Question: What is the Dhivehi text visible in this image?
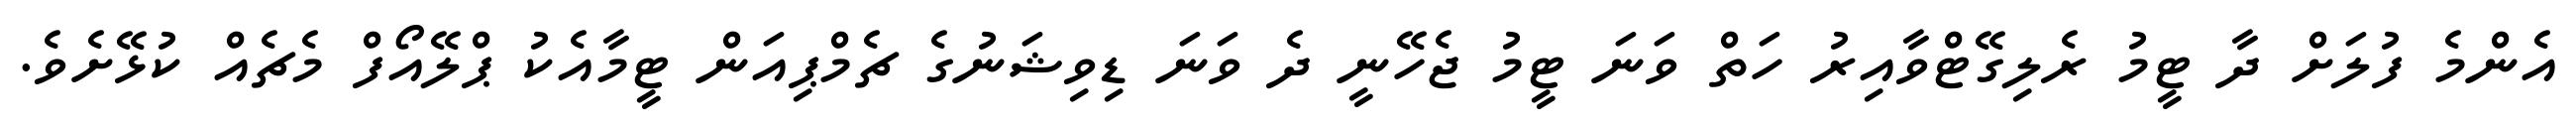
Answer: އެންމެ ފުލަށް ދާ ޓީމު ރެލިގޭޓްވާއިރު ހަތް ވަނަ ޓީމު ޖެހޭނީ ދެ ވަނަ ޑިވިޝަނުގެ ޗެމްޕިއަން ޓީމާއެކު ޕްލޭއޯފް މެޗެއް ކުޅޭށެވެ.